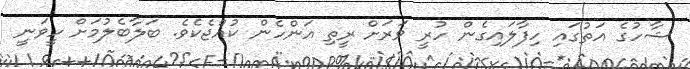
ޝާހުގެ އަތުގައި ހިފާލައިގެން ހުރީ ވަރަށް ރީތި އަންހެން ކުއްޖެކެވެ. ބަލާބެލުމަށް ހީވަނީ